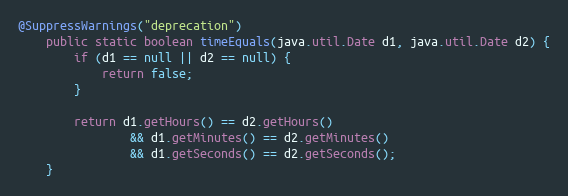
Language: Java
@SuppressWarnings("deprecation")
	public static boolean timeEquals(java.util.Date d1, java.util.Date d2) {
        if (d1 == null || d2 == null) {
            return false;
        }

        return d1.getHours() == d2.getHours()
                && d1.getMinutes() == d2.getMinutes()
                && d1.getSeconds() == d2.getSeconds();
    }